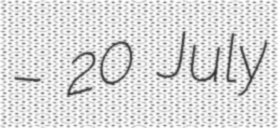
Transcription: – 20 July